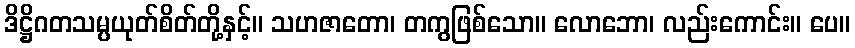
ဒိဋ္ဌိဂတသမ္ပယုတ်စိတ်တို့နှင့်။ သဟဇာတော၊ တကွဖြစ်သော။ လောဘော၊ လည်းကောင်း။ ပေ။